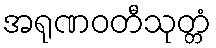
အရုဏဝတီသုတ္တံ